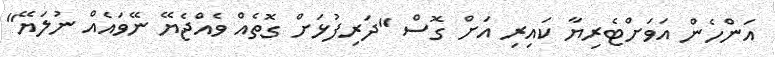
އަންހެން އަވަށްޓެރިޔާ ކައިރި އަށް ގޮސް "ދަރިފުޅަށް ގޮތެއް ވެއްޖެޔޭ ނޭވައެއް ނުލަޔޭ"